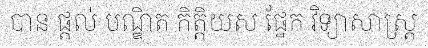
បាន ផ្តល់ បណ្ឌិត កិត្តិយស ផ្នែក វិទ្យាសាស្ត្រ